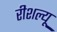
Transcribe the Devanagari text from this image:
रीशल्यू